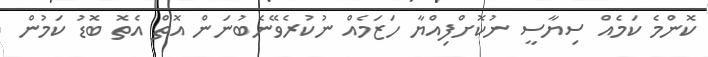
ކޮންމެ ކަމެއް ސިޔާސީ ނުކޮށްފިއްޔާ ހަޒަމެއް ނުކުރެވޭނެބުނަން އޮތް އެތޮ ބޮޑު ކަމުން